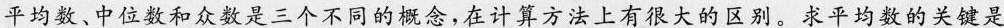
平均数、中位数和众数是三个不同的概念，在计算方法上有很大的区别。求平均数的关键是